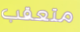
متعقب